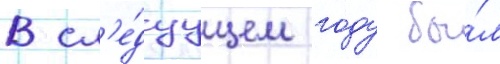
В сл'е́дуущем году бы́л